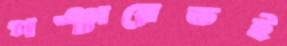
পঞ্চায়েতই